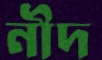
নীদ